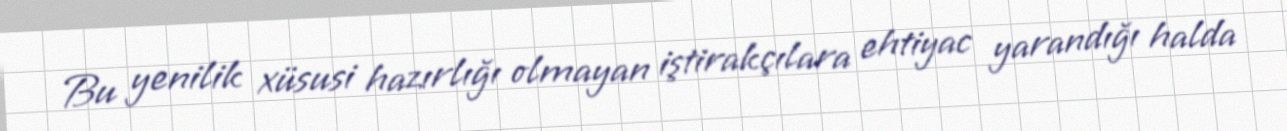
Bu yenilik xüsusi hazırlığı olmayan iştirakçılara ehtiyac yarandığı halda